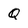
Character: Q